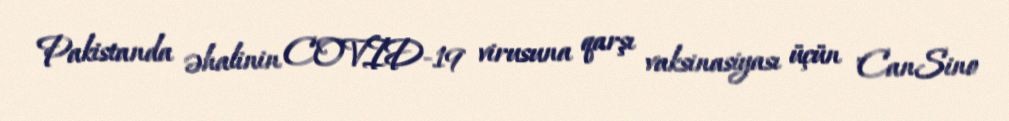
Pakistanda əhalinin COVID-19 virusuna qarşı vaksinasiyası üçün "CanSino